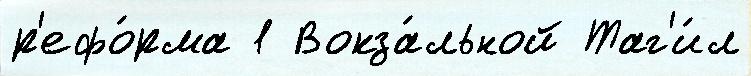
р'ефо́рма 1 Вокза́льной Таг'и́л